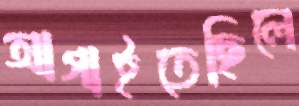
আগাইতেছিলে